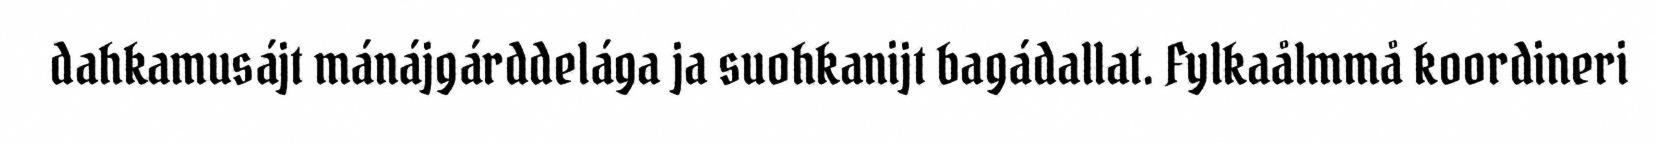
dahkamusájt mánájgárddelága ja suohkanijt bagádallat. Fylkaålmmå koordineri